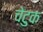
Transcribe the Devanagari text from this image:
चेटुक